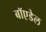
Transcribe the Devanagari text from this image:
बॉएडेल